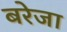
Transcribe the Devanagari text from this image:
बरेजा